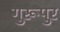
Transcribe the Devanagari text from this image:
गुरूपुर